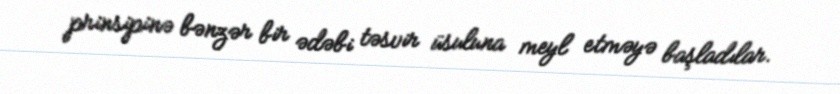
prinsipinə bənzər bir ədəbi təsvir üsuluna meyl etməyə başladılar.